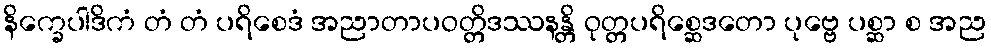
နိက္ခေပါဒိကံ တံ တံ ပရိစေဒံ အညာတာပဝတ္တိဒဿနန္တိ ဝုတ္တပရိစ္ဆေဒတော ပုဗ္ဗေ ပစ္ဆာ စ အည